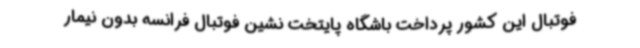
فوتبال این کشور پرداخت باشگاه پایتخت نشین فوتبال فرانسه بدون نیمار